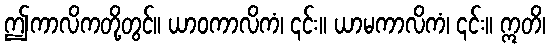
ဤကာလိကတို့တွင်။ ယာဝကာလိကံ၊ ၎င်း။ ယာမကာလိကံ၊ ၎င်း။ ဣတိ၊